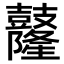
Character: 𪔴